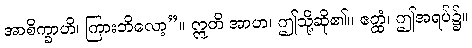
အာစိက္ခာဟိ၊ ကြားဘိလော့”။ ဣတိ အာဟ၊ ဤသို့ဆို၏။ ဧတ္ထံ၊ ဤအရပ်၌။